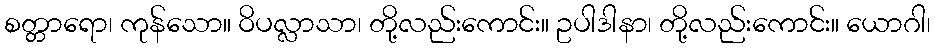
စတ္တာရော၊ ကုန်သော။ ဝိပလ္လာသာ၊ တို့လည်းကောင်း။ ဥပါဒါနာ၊ တို့လည်းကောင်း။ ယောဂါ၊